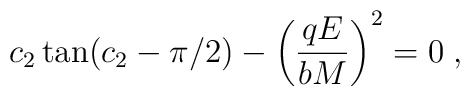
c_2\tan (c_2-\pi/2)-\left(\frac{qE}{bM}\right)^2=0\;,